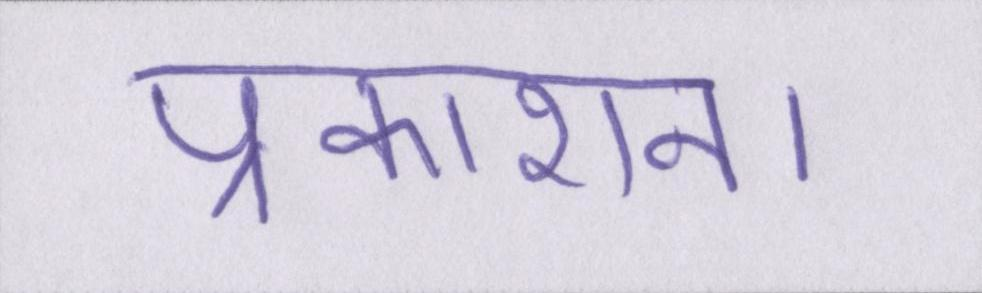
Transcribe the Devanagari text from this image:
प्रकाशन।